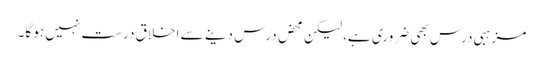
مزہبی درس بھی ضروری ہے، لیکن محض درس دینے سے اخلاق درست نہیں ہو گا۔